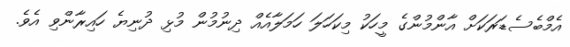
އެމްބެސެޑަރަކަށް އާންމުންގެ މީހަކު މިކަހަލަ ހަމަލާއެއް ދިނުމުން މުޅި ދުނިޔެ ހައިރާންވި އެވެ.